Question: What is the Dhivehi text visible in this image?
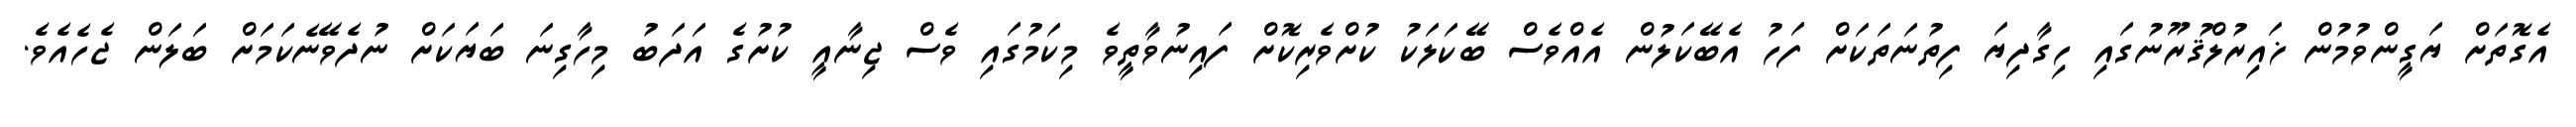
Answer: އެގޮތަށް ޔަގީންވުމުން ޚައިރުލްޤުރޫނުގައި ހިގާދިޔަ ފިތުނަތަކަށް ފަހު އެބޭކަލުން އެއްވެސް ބޭކަލަކު ކުށްވެރިކޮށް ފައިނުވާތީވެ މިކަމުގައި ވެސް ޖިނާއީ ކުށުގެ އަދަބު މިހާގިނަ ބަޔަކަށް ނުދެވޭނެކަމަށް ބަލަން ޖެހެއެވެ.